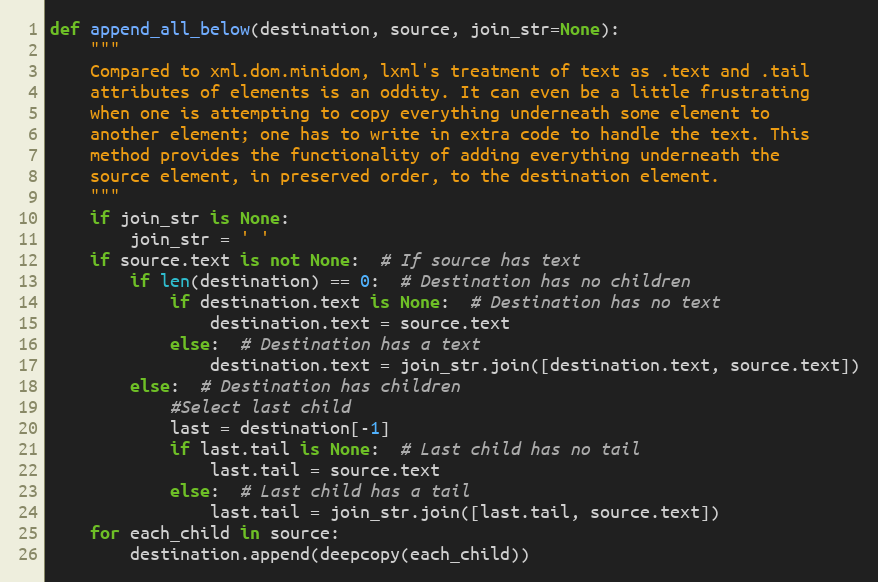
Language: Python
def append_all_below(destination, source, join_str=None):
    """
    Compared to xml.dom.minidom, lxml's treatment of text as .text and .tail
    attributes of elements is an oddity. It can even be a little frustrating
    when one is attempting to copy everything underneath some element to
    another element; one has to write in extra code to handle the text. This
    method provides the functionality of adding everything underneath the
    source element, in preserved order, to the destination element.
    """
    if join_str is None:
        join_str = ' '
    if source.text is not None:  # If source has text
        if len(destination) == 0:  # Destination has no children
            if destination.text is None:  # Destination has no text
                destination.text = source.text
            else:  # Destination has a text
                destination.text = join_str.join([destination.text, source.text])
        else:  # Destination has children
            #Select last child
            last = destination[-1]
            if last.tail is None:  # Last child has no tail
                last.tail = source.text
            else:  # Last child has a tail
                last.tail = join_str.join([last.tail, source.text])
    for each_child in source:
        destination.append(deepcopy(each_child))